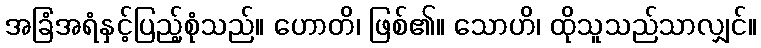
အခြံအရံနှင့်ပြည့်စုံသည်။ ဟောတိ၊ ဖြစ်၏။ သောဟိ၊ ထိုသူသည်သာလျှင်။